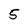
Character: 5